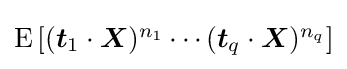
{\textstyle \operatorname {E} \left[({\boldsymbol {t}}_{1}\cdot {\boldsymbol {X}})^{n_{1}}\cdots ({\boldsymbol {t}}_{q}\cdot {\boldsymbol {X}})^{n_{q}}\right]}